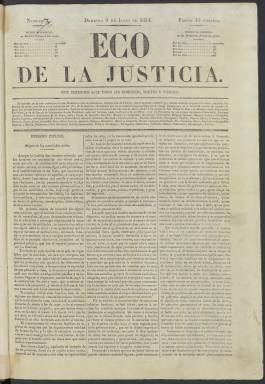
Título: Eco de la justicia
Colección: Periódicos anteriores a 1850
Ámbito geográfico: Madrid
Lugar de publicación: Madrid
Fechas: 08/06/1834-27/06/1834

Este periódico madrileño es uno de los primeros en España cuyo interés estaba centrado en el mundo jurídico, el Derecho en todas sus ramas, aunque no faltaban informaciones de índole política ni otro tipo de noticias. Su primer número salió en junio de 1834 cuando ya estaba vigente el Estatuto Real promulgado por la reina regente, María Cristina de Borbón, que había permitido inaugurar un tímido régimen liberal tras la muerte el año anterior del rey Fernando VII.

 En este primer número, que se abre con un artículo de fondo de derecho público sobre el origen de las sociedades civiles, puede leerse también en la última página una polémica con el otro periódico que competía en el mismo terreno jurídico, La Gaceta de los Tribunales.

  El Eco de la Justicia constaba de cuatro páginas y salía tres veces por semana, domingos, martes y viernes. Entre sus colaboradores figuraban juristas como Nicolás María Garelly y Antonio León de Prada.

  Tras el artículo de fondo de una materia jurídica que solía llenar la primera página, el periódico contaba con varias secciones. Una de las más llamativa es la titulada Causas célebres, juicios contra personajes de la Historia de España. Por ejemplo, hay una dedicada al caso de Antonio Pérez, secretario de Felipe II y otra que aborda la causa seguida contra el Cid Campeador. Había también causas judiciales actuales contra notorios personajes opuestos al régimen.

 Una sección destacada es la de Noticias Nacionales, con los reales decretos, órdenes y otras decisiones del Gobierno de María Cristina, que encabezaba el dramaturgo y político Francisco Martínez de la Rosa. Otra sección estaba dedicada a las Noticias Extranjeras y había una titulada Miscelánea que, como su nombre indica, era un cajón de sastre con todo tipo de informaciones y sucesos.

  La colección de la Biblioteca Nacional de España de este periódico termina en el mismo mes de junio que empezó, con solo 9 números. Es posible que se editaran más, pero en todo caso el periódico no pasó del año 1834, según el libro ‘Prensa jurídica española. Avance de un repertorio (1834-1936)’, obra de Fernando Liendo Tagle editada por la Universidad Carlos III de Madrid.

[Descripción publicada el 8/09/2023]